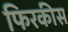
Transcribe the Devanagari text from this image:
फिरकीस